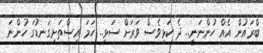
ބްރައުން އެއް ހުންނަނީ.. ދެ ކަޅިވެސް ވަރަށް ސަޅި.. ހަމަ އިސްތަށިގަނޑުގަ ހުންނަ